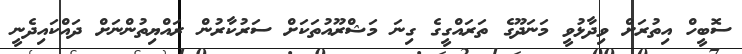
ސޮބީހް އިތުރަށް ވިދާޅުވީ މަނަދޫގެ ތަރައްގީގެ ގިނަ މަޝްރޫއުތަކަށް ސަރުކާރުން ރައްޔިތުންނަށް ދައްކައިދެނީ